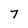
Character: 7